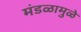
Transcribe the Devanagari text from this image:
मंडळामुळे